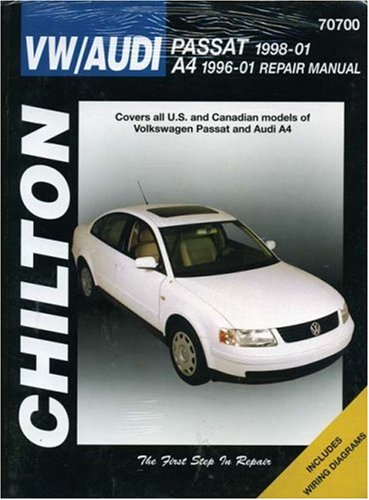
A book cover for VW Passat 1998-2001 & Audi A4 1996-2001 (Chilton's Total Car Care Repair Manuals); Chilton; Engineering & Transportation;